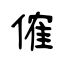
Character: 傕